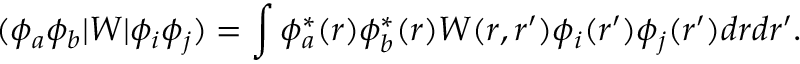
( \phi _ { a } \phi _ { b } | W | \phi _ { i } \phi _ { j } ) = \int \phi _ { a } ^ { * } ( r ) \phi _ { b } ^ { * } ( r ) W ( r , r ^ { \prime } ) \phi _ { i } ( r ^ { \prime } ) \phi _ { j } ( r ^ { \prime } ) d r d r ^ { \prime } .